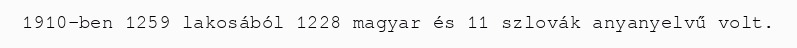
1910-ben 1259 lakosából 1228 magyar és 11 szlovák anyanyelvű volt.